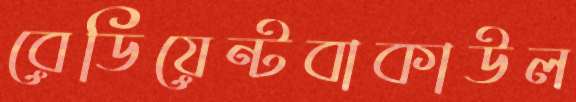
রেডিয়েন্টবাকাউল